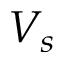
V _ { s }